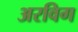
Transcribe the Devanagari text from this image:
अरविग